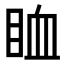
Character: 𥅧